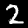
Digit: 2